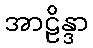
အာဠိန္ဒာ